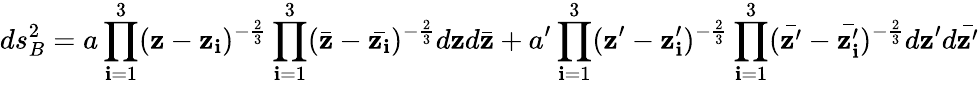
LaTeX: ds_{B}^{2}=a\prod_{\mathbf{i}=1}^{3}(\mathbf{z}-\mathbf{z}_{\mathbf{i}})^{-\frac{{2}}{{3}}}\prod_{\mathbf{i}=1}^{3}(\bar{{\mathbf{z}}}-\bar{{\mathbf{z}_{\mathbf{i}}}})^{-\frac{{2}}{{3}}}d\mathbf{z}d\bar{{\mathbf{z}}}+a^{\prime}\prod_{\mathbf{i}=1}^{3}(\mathbf{z}^{\prime}-\mathbf{z}_{\mathbf{i}}^{\prime})^{-\frac{{2}}{{3}}}\prod_{\mathbf{i}=1}^{3}(\bar{{\mathbf{z}^{\prime}}}-\bar{{\mathbf{z}_{\mathbf{i}}^{\prime}}})^{-\frac{{2}}{{3}}}d\mathbf{z}^{\prime}d\bar{{\mathbf{z}^{\prime}}}